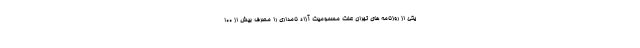
یکی از روزنامه های تهران علت مسمومیت آزاد نامداری را مصرف بیش از ۱۰۰